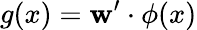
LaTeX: g(x)=\mathbf{w}^{\prime}\cdot\phi(x)